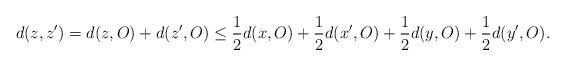
LaTeX: \begin{align*}d(z, z')=d(z, O)+d(z', O)\leq {1\over 2}d(x, O)+{1\over 2}d(x', O)+{1\over 2}d(y, O)+{1\over 2}d(y', O).\end{align*}